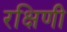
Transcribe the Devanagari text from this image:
रक्षिणी